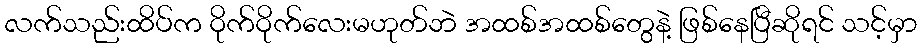
လက်သည်းထိပ်က ဝိုက်ဝိုက်လေးမဟုတ်ဘဲ အထစ်အထစ်တွေနဲ့ ဖြစ်နေပြီဆိုရင် သင့်မှာ